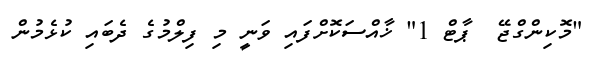
"މޮކިންގްޖޭ  ޕާޓް 1" ޚާއްސަކޮށްފައި ވަނީ މި ފިލްމުގެ ދެބައި ކުޅެމުން